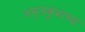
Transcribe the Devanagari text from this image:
अमृतकुंभाच्या